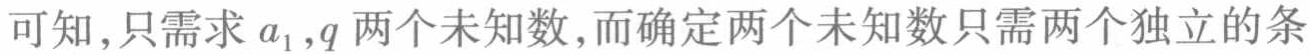
可知,只需求\(a_{1},q\)两个未知数,而确定两个未知数只需两个独立的条